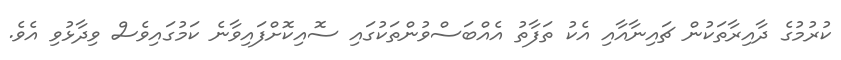
ކުުރުމުގެ ދާއިރާތަކުން ޗައިނާއާއި އެކު ތަފާތު އެއްބަސްވުންތަކުގައި ސޮއިކޮށްފައިވާނެ ކަމުގައިވެސް ވިދާޅުވި އެވެ.